Scottish Leaving Certificate Examination, 1957
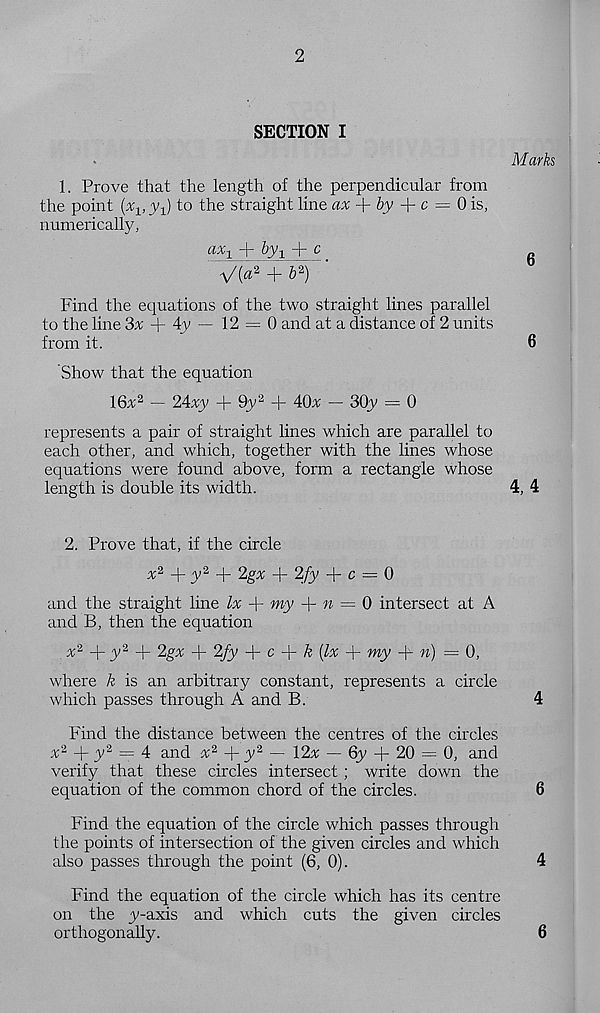
2
SECTION I
Marks
1. Prove that the length of the perpendicular from
the point (%,
to the straight line ax -\-by
c — 0 is,
numerically,
axi + by 2 + c
V> 2 J - b' 1 )
Find the equations of the two straight lines parallel
to the line 3% + 4y — 12 = 0 and at a distance of 2 units
from it.
6
Show that the equation
16v 2 — 24xy + 9y 2 + 40^ — 30y = 0
represents a pair of straight lines which are parallel to
each other, and which, together with the lines whose
equations were found above, form a rectangle whose
length is double its width.
4, 4
2. Prove that, if the circle
x 2 + y 2 + Zgx + 2^y -f- c = 0
and the straight line lx + my + » = 0 intersect at A
and B, then the equation
+ A 2 + 2g% + 2fy
c
k (1%
my -f n) = 0,
where k is an arbitrary constant, represents a circle
which passes through A and B.
4
Find the distance between the centres of the circles
x 2 q- y 2 = 4 and * 2 + y 2 — 12# — 6y + 20 — 0, and
verify that these circles intersect ; write down the
equation of the common chord of the circles.
6
Find the equation of the circle which passes through
the points of intersection of the given circles and which
also passes through the point (6, 0).
4
Find the equation of the circle which has its centre
on the y-axis and which cuts the given circles
orthogonally.
6